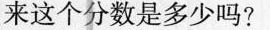
来这个分数是多少吗?